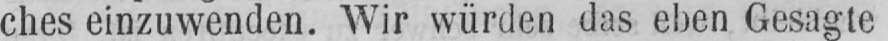
ches einzuwenden. Wir würden das eben Gesagte